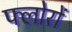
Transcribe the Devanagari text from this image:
फ्लोरों